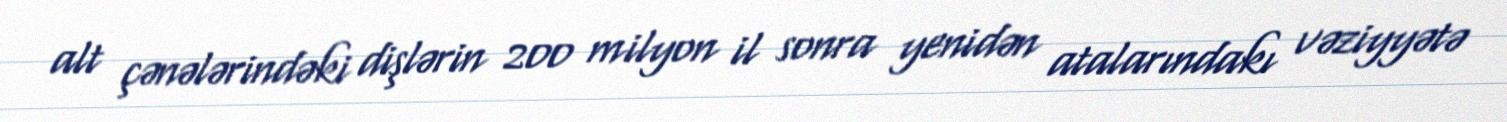
alt çənələrindəki dişlərin 200 milyon il sonra yenidən atalarındakı vəziyyətə